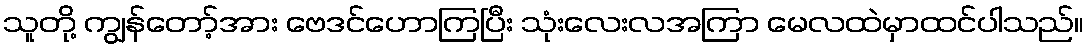
သူတို့ ကျွန်တော့်အား ဗေဒင်ဟောကြပြီး သုံးလေးလအကြာ မေလထဲမှာထင်ပါသည်။